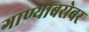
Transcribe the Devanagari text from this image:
गाण्याबरोबर